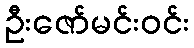
ဦးဇော်မင်းဝင်း